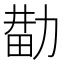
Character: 𰅑